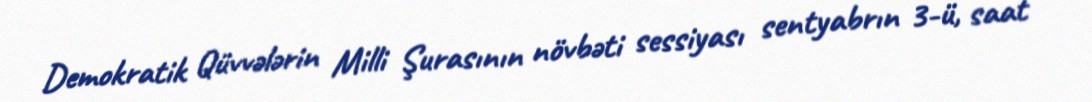
Demokratik Qüvvələrin Milli Şurasının növbəti sessiyası sentyabrın 3-ü, saat